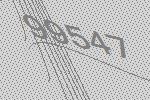
99547